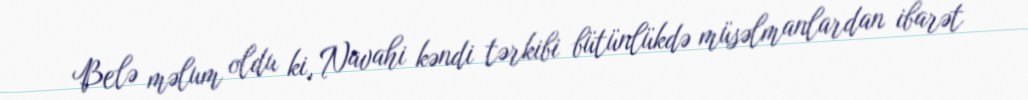
Belə məlum oldu ki, Navahi kəndi tərkibi bütünlükdə müsəlmanlardan ibarət